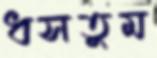
ধসতুম